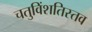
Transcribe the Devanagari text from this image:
चतुविंशतिस्तव